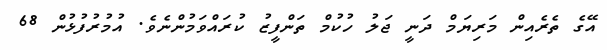
އޭގެ ތެރެއިން މަރިޔަމް ދަނީ ޖަލު ހުކުމް ތަންފީޒު ކުރައްވަމުންނެވެ. އުމުރުފުޅުން 68